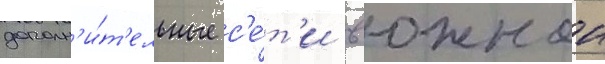
дополн'и́т'ельные с'е́т'и в южнои